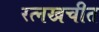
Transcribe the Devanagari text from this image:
रत्नखचीत